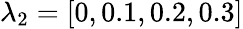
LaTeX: \lambda_{2}=[0,0.1,0.2,0.3]